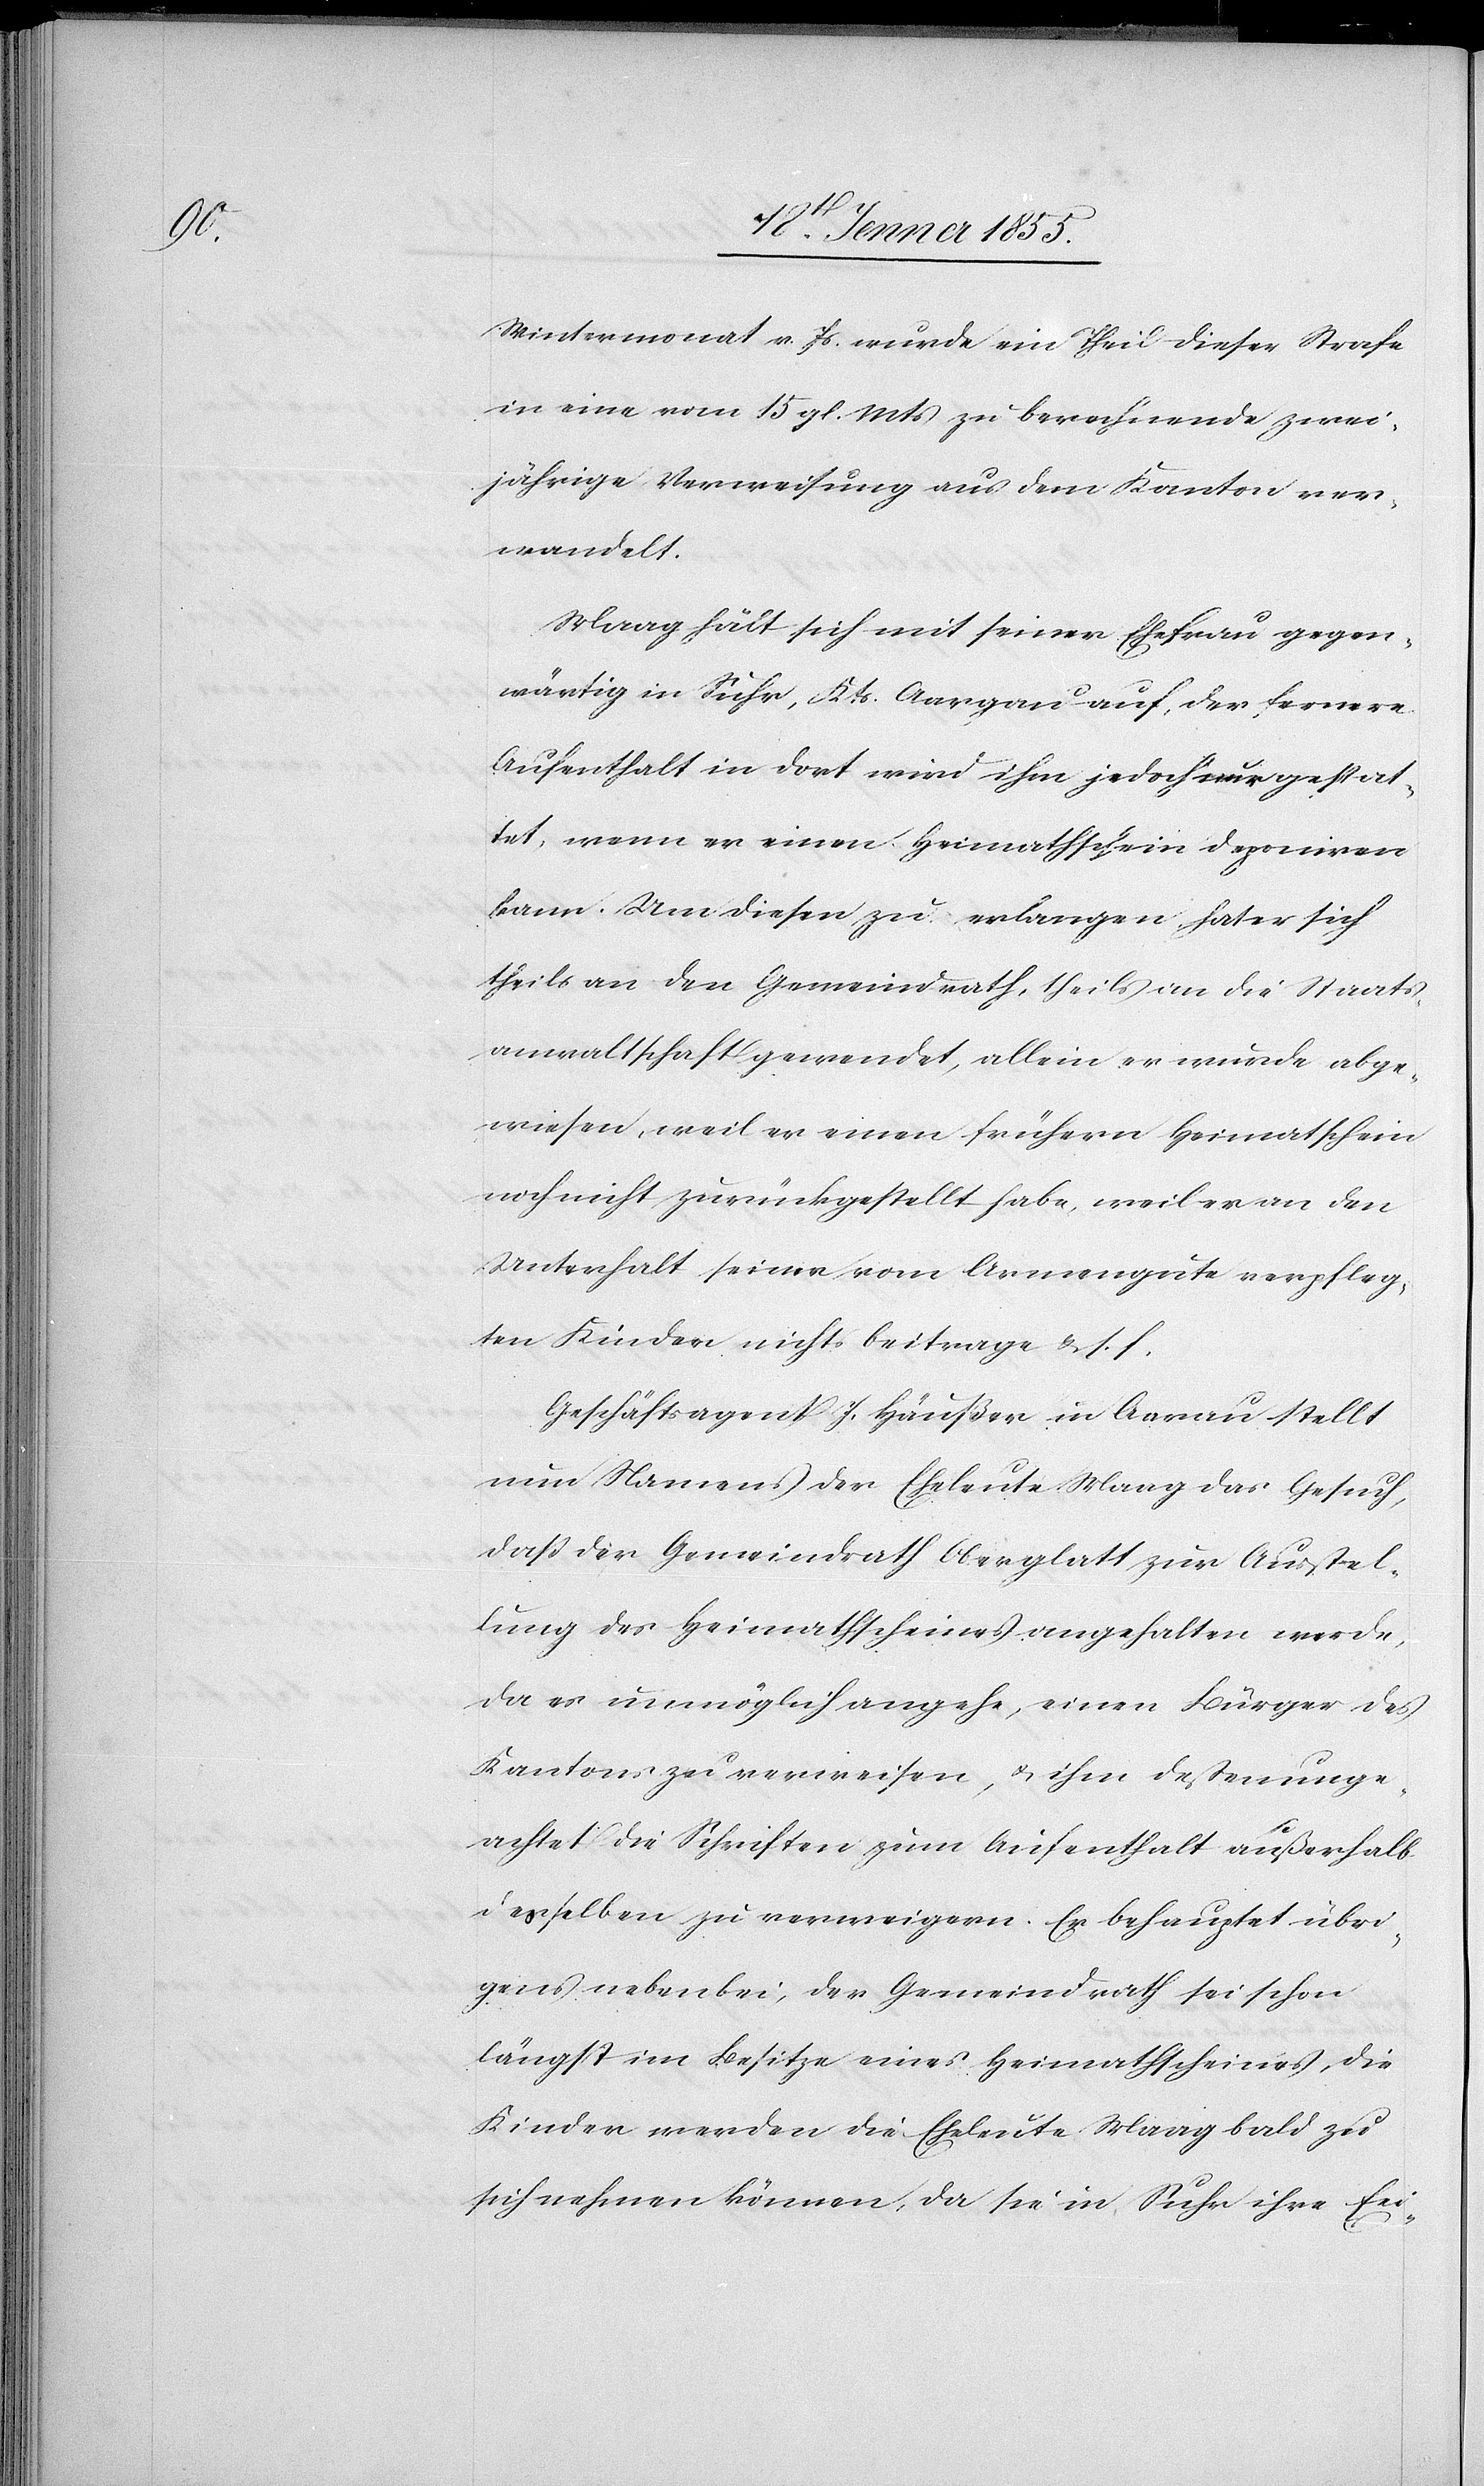
Wintermonat v. Js. wurde ein Theil dieser Strafe
in eine vom 15 gl. Mts zu berechnende zwei¬
jährige Verweisung aus dem Kanton ver¬
wandelt.
Maag hält sich mit seiner Ehefrau gegen¬
wärtig in Suhr, Kts. Aargau auf, der fernere
Aufenthalt in dort wird ihm jedoch nur gestat¬
tet, wenn er einen Heimathschein deponiren
kann. Um diesen zu erlangen hat er sich
theils an den Gemeindrath, theils an die Staats¬
anwaltschaft gewendet, allein er wurde abge¬
wiesen, weil er einen frühern Heimatschein
noch nicht zurückgestellt habe, weil er an den
Unterhalt seiner vom Armengute verpfleg¬
ten Kinder nichts beitrage & s. f.
Geschäftsagent J. Häußer in Aarau stellt
nun Namens der Eheleute Maag das Gesuch,
daß der Gemeindrath Oberglatt zur Ausstel¬
lung des Heimathscheines angehalten werde,
da es unmöglich angehe, einen Bürger des
Kantons zu verweisen, & ihm dessenunge¬
achtet die Schriften zum Aufenthalt außerhalb
desselben zu verweigern. Er behauptet übri¬
gens nebenbei, der Gemeindrath sei schon
längst im Besitze eines Heimathscheines, die
Kinder werden die Eheleute Maag bald zu
sich nehmen können, da sie in Suhr ihre Exi-